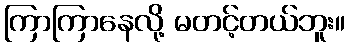
ကြာကြာနေလို့ မတင့်တယ်ဘူး။